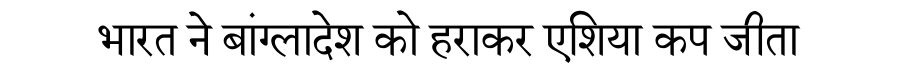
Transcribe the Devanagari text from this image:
भारत ने बांग्लादेश को हराकर एशिया कप जीता